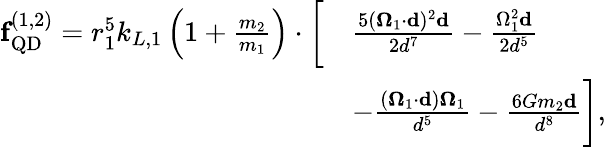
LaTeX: \begin{array}{rl}{\textbf{f}_{\mathrm{QD}}^{(1,2)}=r_{1}^{5}k_{L,1}\left(1+\frac{m_{2}}{m_{1}}\right)\cdot\bigg[}&{\frac{5(\mathbf{\Omega}_{1}\cdot\mathbf{d})^{2}\mathbf{d}}{2d^{7}}-\frac{\Omega_{1}^{2}\mathbf{d}}{2d^{5}}}\\ &{-\frac{(\mathbf{\Omega}_{1}\cdot\mathbf{d})\mathbf{\Omega}_{1}}{d^{5}}-\frac{6Gm_{2}\mathbf{d}}{d^{8}}\bigg],}\end{array}